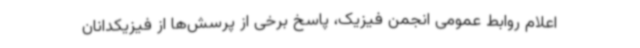
اعلام روابط عمومی انجمن فیزیک، پاسخ برخی از پرسش‌ها از فیزیکدانان